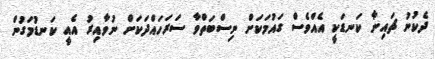
ދެކުނު ޗައިނާ ކަނޑަކީ އެއްވެސް ގައުމަކަށް ނިސްބަތްވާ ސަރަހައްދަކަށް ނުވާއިރު އެއީ ކަނޑުމަގުން